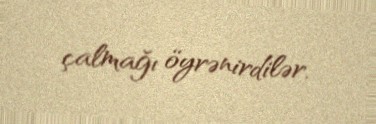
çalmağı öyrənirdilər.